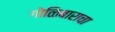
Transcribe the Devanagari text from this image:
गोळिबाराचा